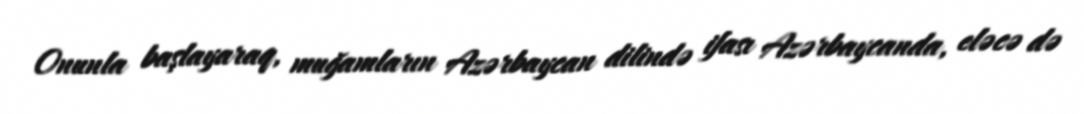
Onunla başlayaraq, muğamların Azərbaycan dilində ifası Azərbaycanda, eləcə də